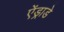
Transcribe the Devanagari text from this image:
ऐंड्राडे